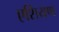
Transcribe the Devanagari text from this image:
एशियण